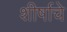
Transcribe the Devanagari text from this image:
शीर्षाचे